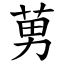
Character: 莮